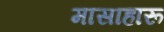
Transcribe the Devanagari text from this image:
मासाहारू